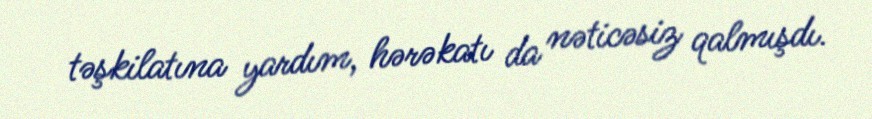
təşkilatına yardım, hərəkatı da nəticəsiz qalmışdı.